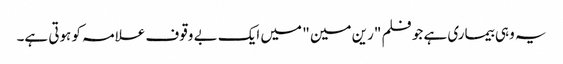
یہ وہی بیماری ہے جو فلم "رین مین " میں ایک بے وقوف علامہ کو ہوتی ہے۔